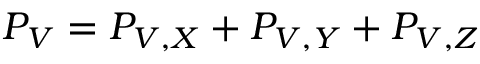
P _ { V } = P _ { V , X } + P _ { V , Y } + P _ { V , Z }